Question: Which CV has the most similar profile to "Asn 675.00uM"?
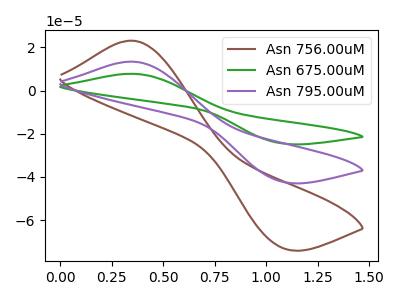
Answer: <think>The brown curve "Asn 756.00uM" has an anodic peak at (0.35V, 23.10uA) and a cathodic peak at (1.10V, -72.95uA). The green curve "Asn 675.00uM" has an anodic peak at (0.35V, 26.75uA) and a cathodic peak at (1.10V, -84.60uA). The purple curve "Asn 795.00uM" has an anodic peak at (0.35V, 13.40uA) and a cathodic peak at (1.10V, -42.30uA).
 All the peaks in "Asn 756.00uM" have a peak in "Asn 675.00uM" at the same potential. Every peak in "Asn 756.00uM" is lower than every peak in "Asn 675.00uM". All the peaks in "Asn 756.00uM" have a peak in "Asn 795.00uM" at the same potential. Every peak in "Asn 756.00uM" is higher than every peak in "Asn 795.00uM". All the peaks in "Asn 675.00uM" have a peak in "Asn 795.00uM" at the same potential. Every peak in "Asn 675.00uM" is higher than every peak in "Asn 795.00uM".</think>
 <answer>"Asn 675.00uM" and "Asn 795.00uM" have a similar shape to "Asn 756.00uM".</answer>
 <eval>"Asn 675.00uM" "Asn 795.00uM"</eval>